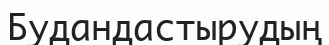
Будандастырудың